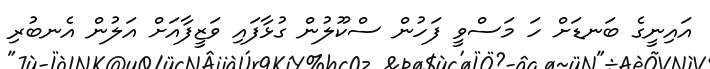
އައިނީގެ ބަނޑަށް ހަ މަސްވީ ފަހުން ސްކޫލުން ގުޅާފައި ވަޒީފާއަށް އަލުން އެނބުރި